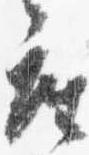
座